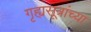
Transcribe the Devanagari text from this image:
गृह्यसूत्रांच्या